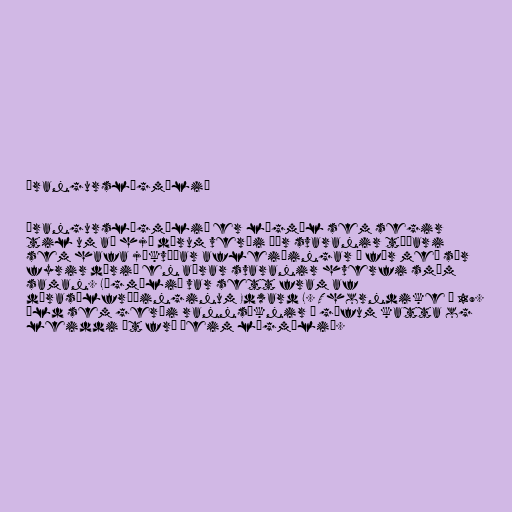
Árangurslögmálið

Árangurslögmálið er lögmál sem segir
til um að hjá dýrum verði þær svaranir tíðari
sem hafa jákvæðar afleiðingar í för með sér
fyrir dýrið en aðrar svaranir hverfi smám
saman. Lögmálið var sett fram af
dýrasálfræðinginum Edward L. Thorndike á 19.
öld sem gerði rannsóknir á gáfum katta og
leiddi út frá þeim lögmálið.